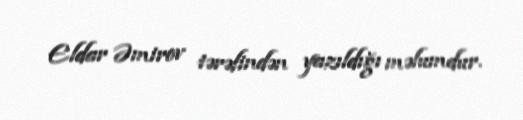
Eldar Əmirov tərəfindən yazıldığı məlumdur.